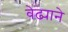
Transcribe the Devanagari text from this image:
वेढ्याने